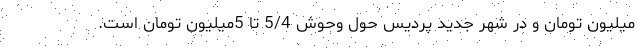
‌میلیون تومان و در شهر جدید پردیس حول وحوش 5/4 تا 5میلیون تومان است.